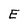
Character: E